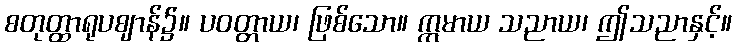
စတုတ္ထာရုပဈာန်၌။ ပဝတ္တာယ၊ ဖြစ်သော။ ဣမာယ သညာယ၊ ဤသညာနှင့်။